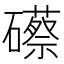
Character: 礤